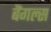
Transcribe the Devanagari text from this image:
बैंगल्स